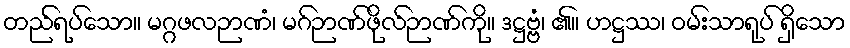
တည်ရပ်သော။ မဂ္ဂဖလဉာဏံ၊ မဂ်ဉာဏ်ဖိုလ်ဉာဏ်ကို။ ဒဋ္ဌဗ္ဗံ၊ ၏။ ဟဋ္ဌဿ၊ ဝမ်းသာရုပ် ရှိသော